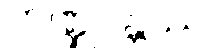
ကဏ္ဍုဝန္တဿ